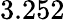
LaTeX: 3.252